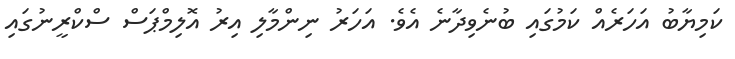
ކަމިޔާބު އަހަރެއް ކަމުގައި ބުނެވިދާނެ އެވެ. އަހަރު ނިންމާލި އިރު އޮލިމްޕަސް ސްކްރީނުގައި